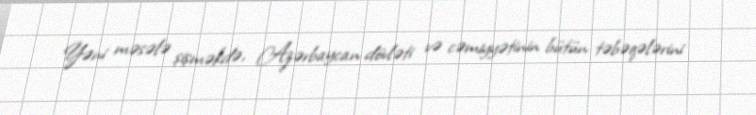
Yəni məsələ şişməkdə, Azərbaycan dövləti və cəmiyyətinin bütün təbəqələrini